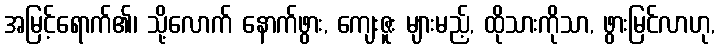
အမြင့်ရောက်၏၊ သို့လောက် နောက်ဖွား, ကျေးဇူး များမည့်, ထိုသားကိုသာ, ဖွားမြင်လာဟု,